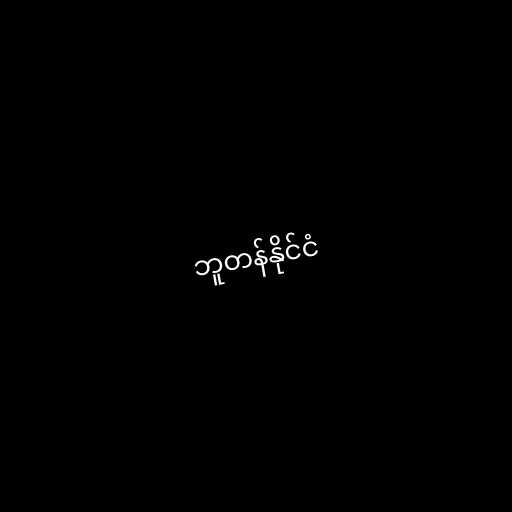
ဘူတန်နိုင်ငံ